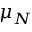
\mu _ { N }